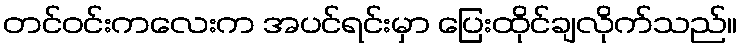
တင်ဝင်းကလေးက အပင်ရင်းမှာ ပြေးထိုင်ချလိုက်သည်။